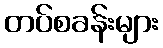
တပ်စခန်းများ